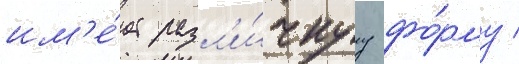
им'е́ет разл'и́чнуу фо́рму /